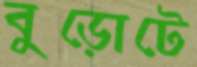
বুড়োটে